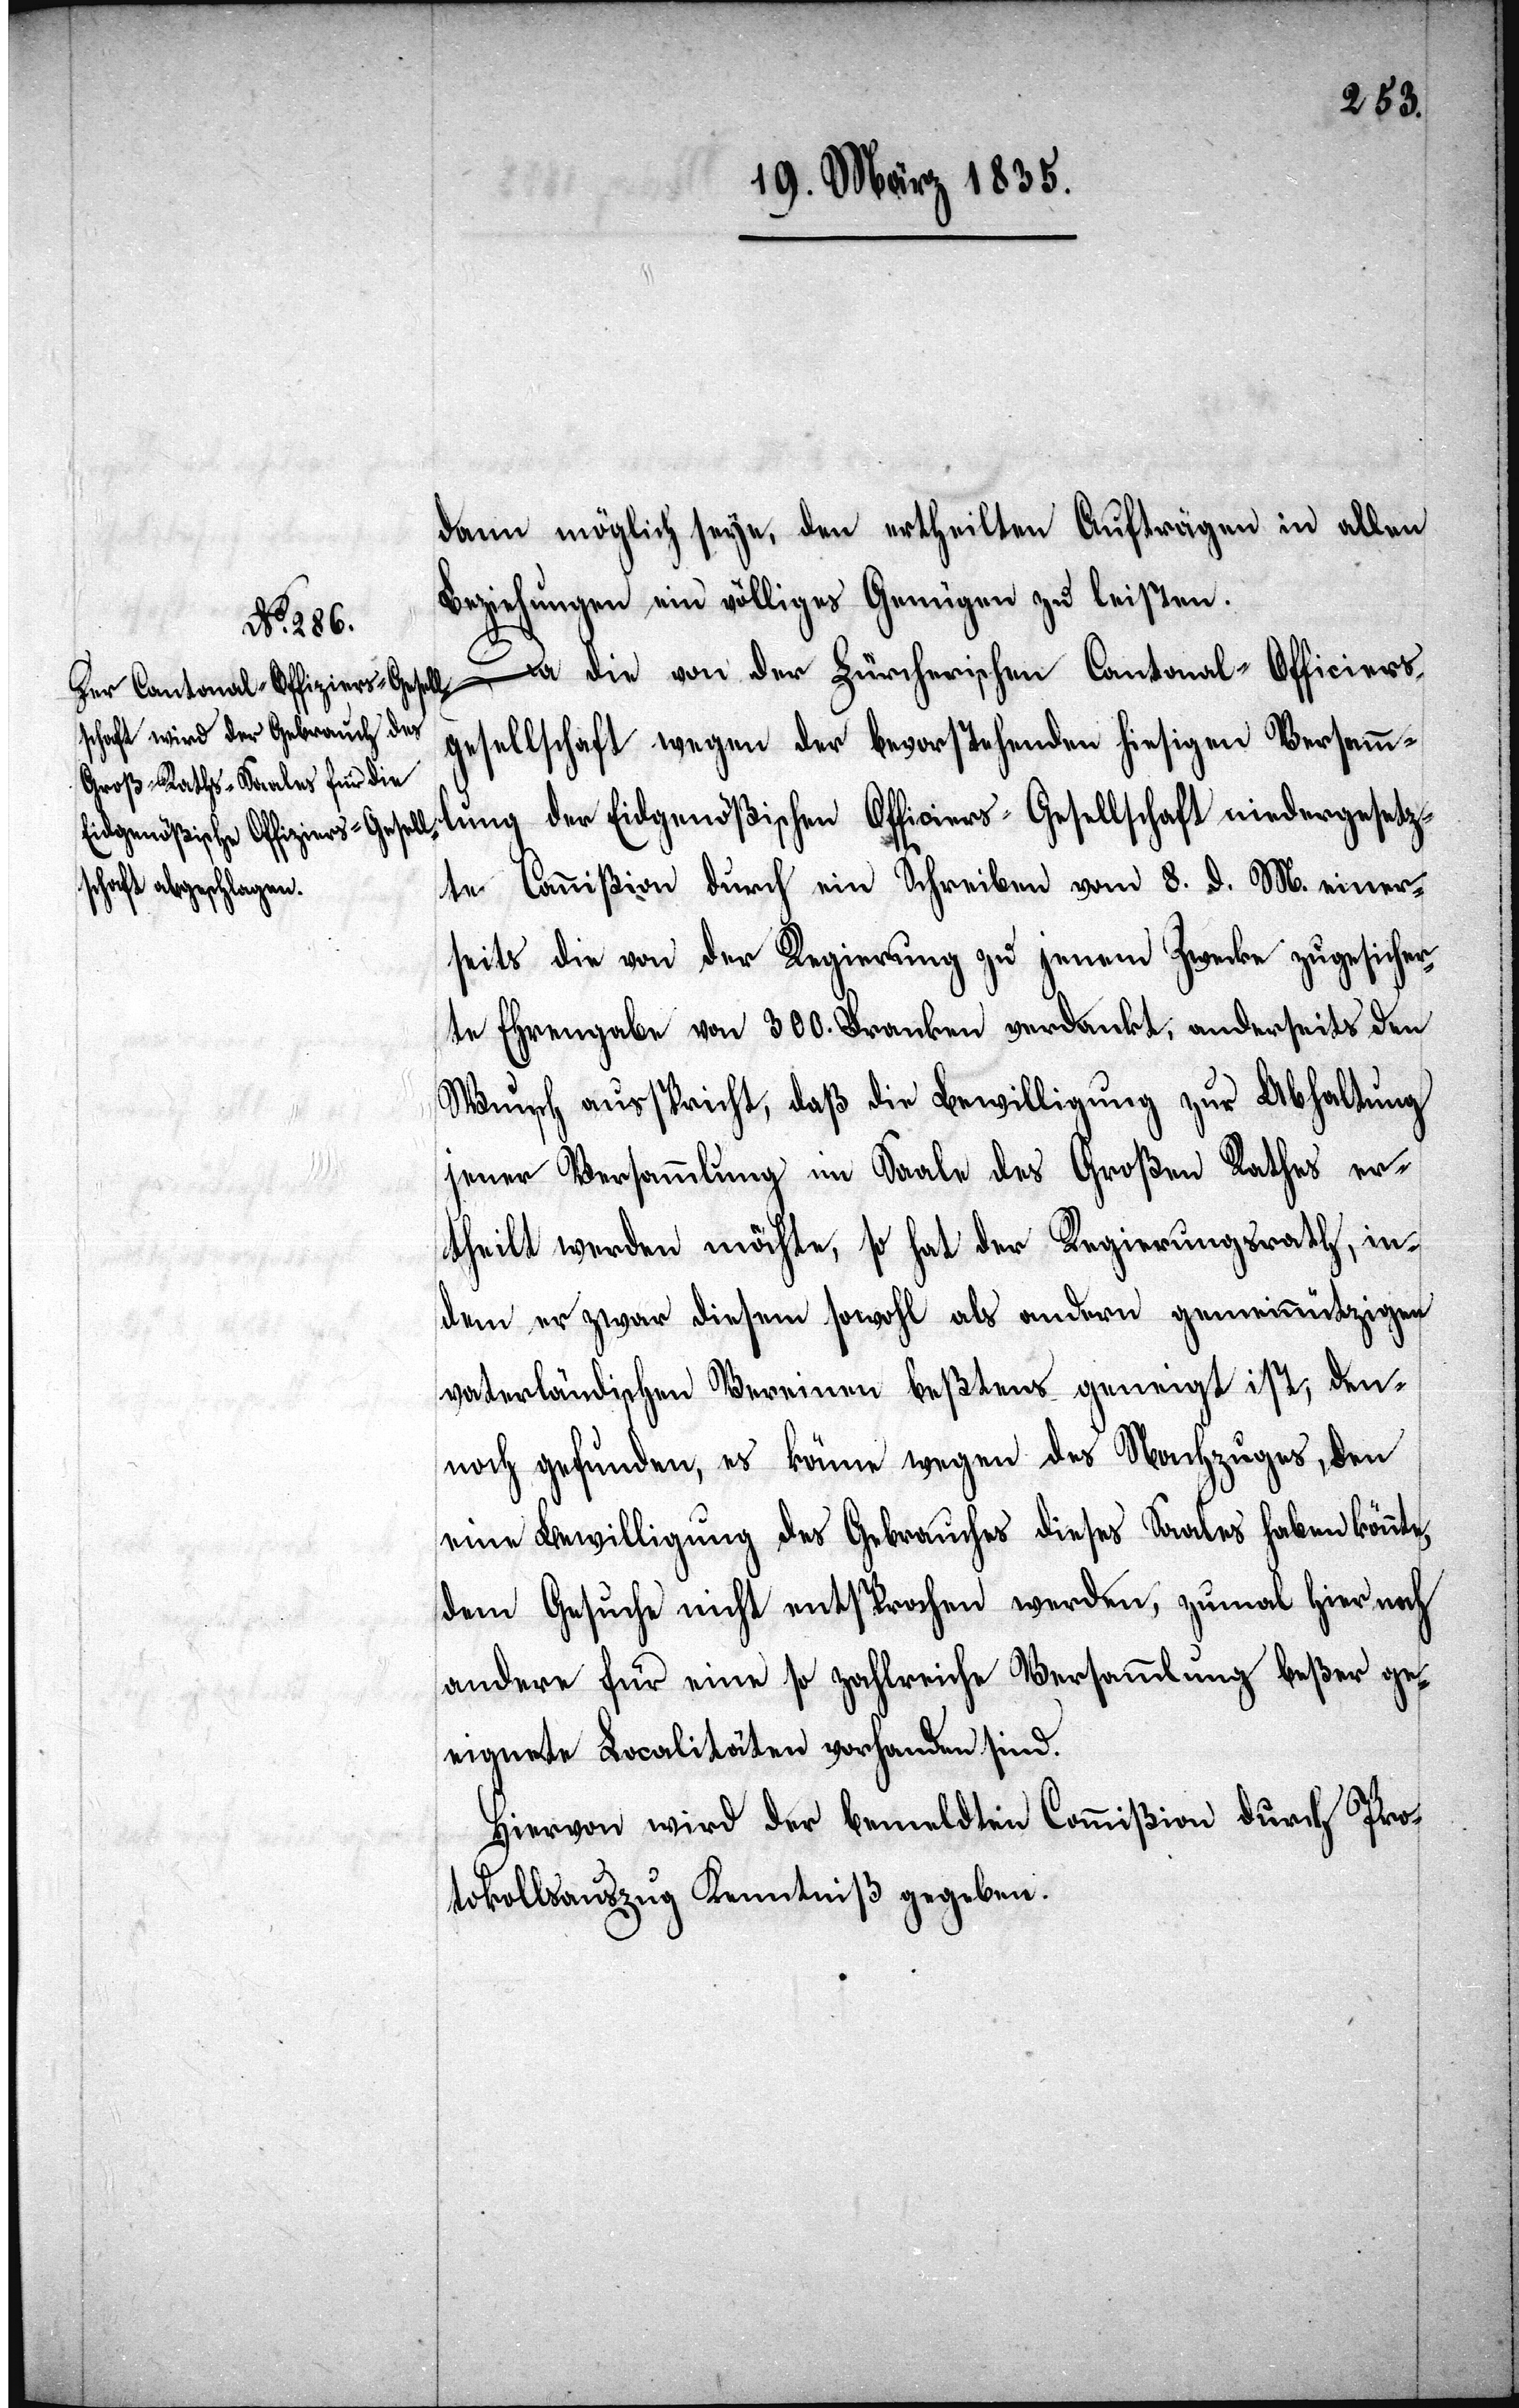
dann möglich seye, den ertheilten Aufträgen in allen
Beziehungen ein völliges Genügen zu leisten.
der Eidgenößischen Officiers-Gesellschaft niedergesetz¬
te Commißion durch ein Schreiben vom 8. d. M. einer¬
seits die von der Regierung zu jenem Zwecke zugesicher¬
te Ehrengabe von 300. Franken verdankt, anderseits den
Wunsch ausspricht, daß die Bewilligung zur Abhaltung
jener Versammlung im Saale des Großen Rathes er¬
theilt werden möchte, so hat der Regierungsrath, in¬
dem er zwar diesem sowohl als andern gemeinnützigen
vaterländischen Vereinen beßtens geneigt ist, den¬
noch gefunden, es könne wegen des Nachzuges, den
eine Bewilligung des Gebrauches dieses Saales haben könnte,
dem Gesuch nicht entsprochen werden, zumal hier noch
andere für eine so zahlreiche Versammlung beßer ge¬
eignete Localitäten vorhanden sind.
Hiervon wird der bemeldten Commißion durch Pro¬
tokollsauszug Kenntniß gegeben.